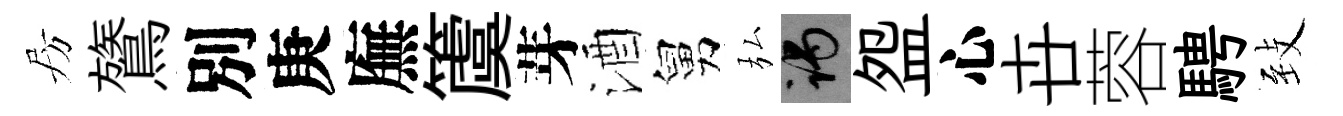
房鷟別庚廡𥵂芽酒舅弘谒盌心卋蓉騁𦤺